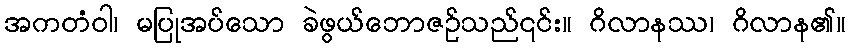
အကတံဝါ၊ မပြုအပ်သော ခဲဖွယ်ဘောဇဉ်သည်၎င်း။ ဂိလာနဿ၊ ဂိလာန၏။